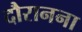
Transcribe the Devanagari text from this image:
दौरानना